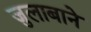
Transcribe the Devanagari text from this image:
जुलाबाने